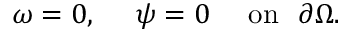
\omega = 0 , ~ ~ ~ ~ \psi = 0 ~ ~ ~ ~ \mathrm { o n } ~ ~ \partial \Omega .